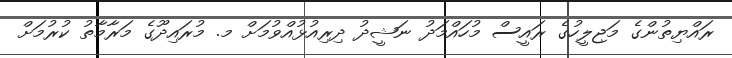
ރައްޔިތުންގެ މަޖިލީހުގެ ރައީސް މުހައްމަދު ނަޝީދު ދިރިއުޅުއްވުމަށް މ. މުރައިދޫގެ މަރާމާތު ކުރުމަށް